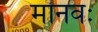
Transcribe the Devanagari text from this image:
मानवः